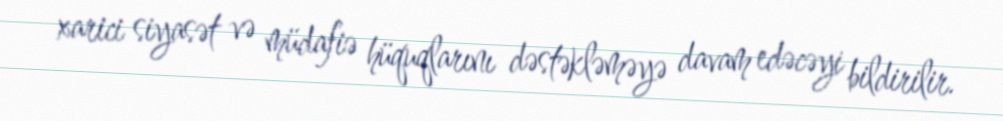
xarici siyasət və müdafiə hüquqlarını dəstəkləməyə davam edəcəyi bildirilir.